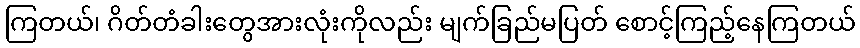
ကြတယ်၊ ဂိတ်တံခါးတွေအားလုံးကိုလည်း မျက်ခြည်မပြတ် စောင့်ကြည့်နေကြတယ်